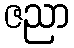
ဇညာ